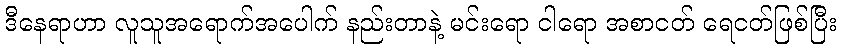
ဒီနေရာဟာ လူသူအရောက်အပေါက် နည်းတာနဲ့ မင်းရော ငါရော အစာငတ် ရေငတ်ဖြစ်ပြီး